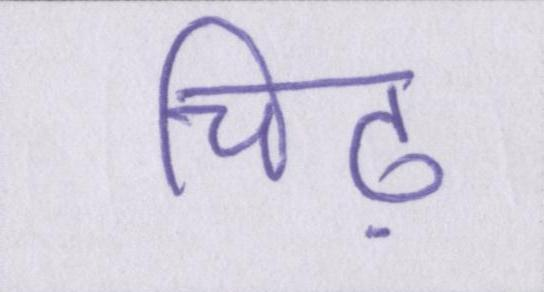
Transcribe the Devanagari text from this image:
चिढ़